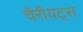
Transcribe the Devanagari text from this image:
चैरीयट्स